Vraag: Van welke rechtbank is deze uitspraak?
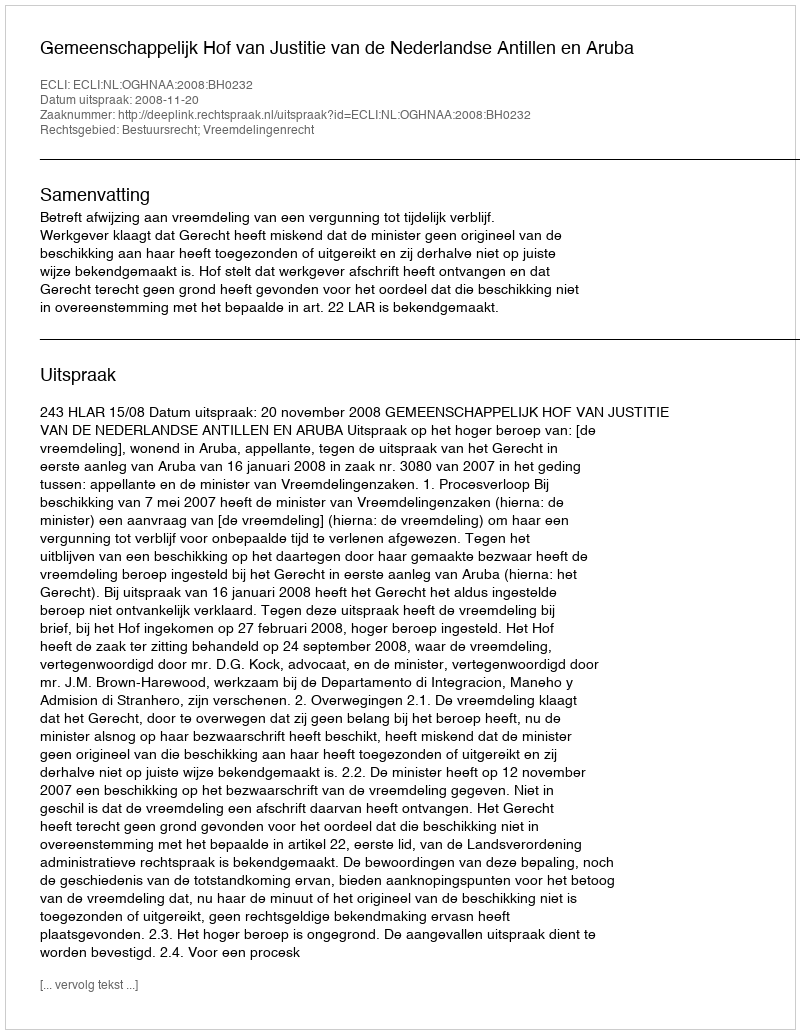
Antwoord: Gemeenschappelijk Hof van Justitie van de Nederlandse Antillen en Aruba